Medical and sanitary report of the native army of Madras for the year
Year: 1876
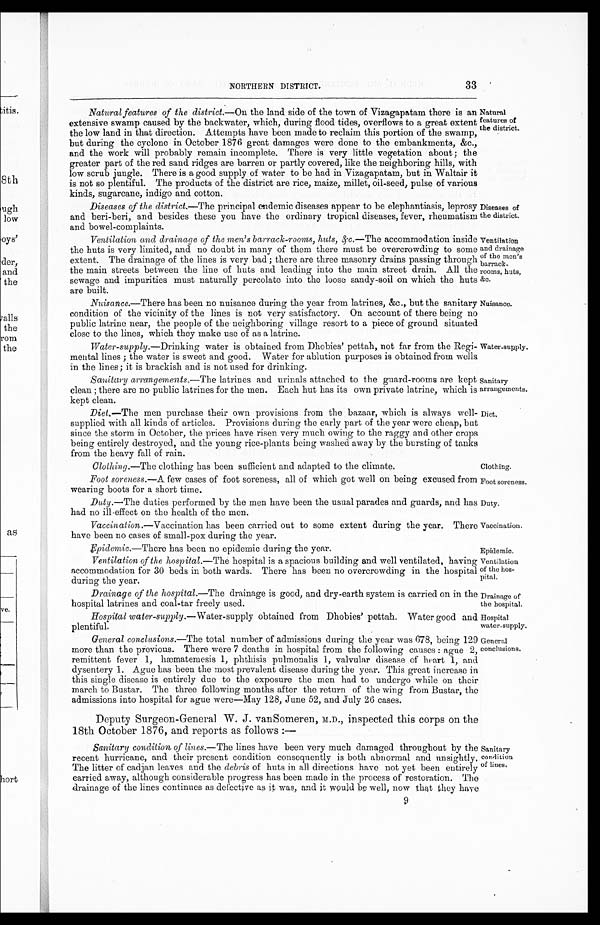
Natural
features of
the district.
Diseases of
the district.
Ventilation
and drainage
of the men's
barrack
-rooms, huts,
&c.
Nuisance.
Sanitary
arrangements.
Diet.
Foot soreness.
Duty.
Vaccination.
Ventilation
of the hos--
pital.
Drainage of
the hospital.
Hospital
water-supply.
General
conclusions.
33
NORTHERN DISTRICT.
Natural features of the district.— On the land side of the town of Vizagapatam there is an
extensive swamp caused by the backwater, which, during flood tides, overflows to a great extent
the low land in that direction. Attempts have been made to reclaim this portion of the swamp,
but during the cyclone in October 1876 great damages were done to the embankments, &c.,
and the work will probably remain incomplete. There is very little vegetation about; the
greater part of the red sand ridges are barren or partly covered, like the neighboring hills, with
low scrub jungle. There is a good supply of water to be had in Vizagapatam, but in Waltair it
is not so plentiful. The products of the district are rice, maize, millet, oil-seed, pulse of various
kinds, sugarcane, indigo and cotton.
Diseases of the district.— The principal endemic diseases appear to be elephantiasis, leprosy
and beri-beri, and besides these you have the ordinary tropical diseases, fever, rheumatism
and bowel-complaints.
Ventilation and drainage of the men's barrack-rooms, huts, &c .—The accommodation inside
the huts is very limited, and no doubt in many of them there must be overcrowding to some
extent. The drainage of the lines is very bad; there are three masonry drains passing through
the main streets between the line of huts and leading into the main street drain. All the
sewage and impurities must naturally percolate into the loose sandy-soil on which the huts
are built.
Nuisance .—There has been no nuisance during the year from latrines, &c., but the sanitary
condition of the vicinity of the lines is not very satisfactory. On account of there being no
public latrine near, the people of the neighboring village resort to a piece of ground situated
close to the lines, which they make use of as a latrine.
Water-supply.— Drinking water is obtained from Dhobies' pettah, not far from the Regi--
mental lines; the water is sweet and good. Water for ablution purposes is obtained from wells
in the lines; it is brackish and is not used for drinking.
Water-supply.
Sanitary arrangements.— The latrines and urinals attached to the guard-rooms are kept
clean; there are no public latrines for the men. Each hut has its own private latrine, which is
kept clean.
Diet.— The men purchase their own provisions from the bazaar, which is always well
-supplied with all kinds of articles. Provisions during the early part of the year were cheap, but
since the storm in October, the prices have risen very much owing to the raggy and other crops
being entirely destroyed, and the young rice-plants being washed away by the bursting of tanks
from the heavy fall of rain.
Clothing.— The clothing has been sufficient and adapted to the climate.
Clothing.
Foot soreness.— A few cases of foot soreness, all of which got well on being excused from
wearing boots for a short time.
Duty.— The duties performed by the men have been the usual parades and guards, and has
had no ill-effect on the health of the men.
Vaccination.— Vaccination has been carried out to some extent during the year. There
have been no cases of small-pox during the year.
Epidemic.— There has been no epidemic during the year.
Epidemic.
Ventilation of the hospital.— The hospital is a spacious building and well ventilated, having
accommodation for 30 beds in both wards. There has been no overcrowding in the hospital
during the year.
Drainage of the hospital.— The drainage is good, and dry-earth system is carried on in the
hospital latrines and coal-tar freely used.
Hospital water-supply.— Water-supply obtained from Dhobies' pettah. Water good and
plentiful.
General conclusions.—The total number of admissions during the year was 678, being 129
more than the previous. There were 7 deaths in hospital from the following causes: ague 2,
remittent fever 1, hæmatemesis 1, phthisis pulmonalis 1, valvular disease of heart 1, and
dysentery 1. Ague has been the most prevalent disease during the year. This great increase in
this single disease is entirely due to the exposure the men had to undergo while on their
march to Bustar. The three following months after the return of the wing from Bustar, the
admissions into hospital for ague were—May 128, June 52, and July 26 cases.
Deputy Surgeon-General W. J. vanSomeren, M.D., inspected this corps on the
18th October 1876, and reports as follows :—
Sanitary condition of lines .—The lines have been very much damaged throughout by the
recent hurricane, and their present condition consequently is both abnormal and unsightly,
The litter of cadjan leaves and the debris of huts in all directions have not yet been entirely
carried away, although considerable progress has been made in the process of restoration. The
drainage of the lines continues as defective as it was, and it would be well, now that they have
Sanitary
condition
of lines.
9